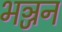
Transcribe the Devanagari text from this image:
भञ्जन